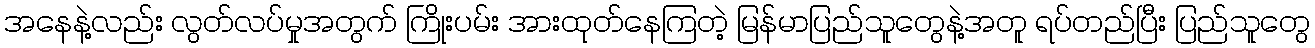
အနေနဲ့လည်း လွတ်လပ်မှုအတွက် ကြိုးပမ်း အားထုတ်နေကြတဲ့ မြန်မာပြည်သူတွေနဲ့အတူ ရပ်တည်ပြီး ပြည်သူတွေ